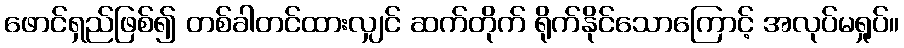
ဖောင်ရှည်ဖြစ်၍ တစ်ခါတင်ထားလျှင် ဆက်တိုက် ရိုက်နိုင်သောကြောင့် အလုပ်မရှုပ်။